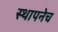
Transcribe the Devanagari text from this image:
स्थापनेच